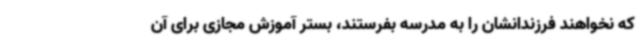
که نخواهند فرزندانشان را به مدرسه بفرستند، بستر آموزش مجازی برای آن